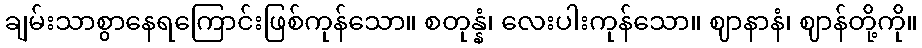
ချမ်းသာစွာနေရကြောင်းဖြစ်ကုန်သော။ စတုန္နံ၊ လေးပါးကုန်သော။ ဈာနာနံ၊ ဈာန်တို့ကို။